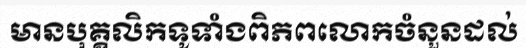
មានបុគ្គលិកទូទាំងពិភពលោកចំនួនដល់